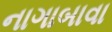
નાગાબાવા